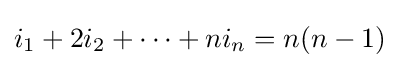
i_{1}+2i_{2}+\cdots +ni_{n}=n(n-1)